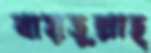
বায়তুল্লাহ্